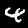
Digit: 4